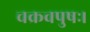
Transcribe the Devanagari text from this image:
चक्रवपुषः।